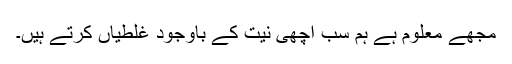
مجھے معلوم ہے ہم سب اچھی نیت کے باوجود غلطیاں کرتے ہیں۔